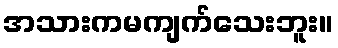
အသားကမကျက်သေးဘူး။